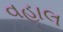
વહાલ